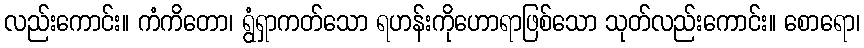
လည်းကောင်း။ ကံကိတော၊ ရွံရှာကတ်သော ရဟန်းကိုဟောရာဖြစ်သော သုတ်လည်းကောင်း။ စောရော၊